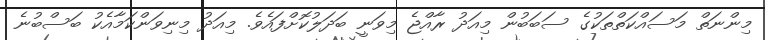
މިންނަތް މަސައްކަތްތަކުގެ ސަބަބުން މިއަދު ރާއްޖެ މިވަނީ ބަދަލުކޮށްފައެވެ. މިއަދު މިނިވަންކަމާއެކު ބަސްބުނެ